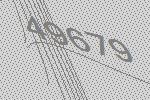
49679